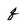
Character: q